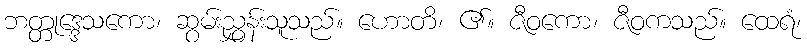
ဘတ္တုဒ္ဒေသကော၊ ဆွမ်းညွှန်းသူသည်။ ဟောတိ၊ ၏။ ဇီဝကော၊ ဇီဝကသည်။ ထေရံ၊